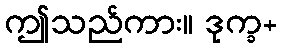
ဤသည်ကား။ ဒုက္ခ+